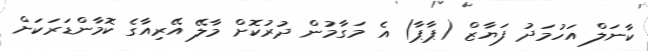
ކާނަލް އަހުމަދު ފަޔާޒް (ޕާޕާ) އެ މަގާމުން ދުރުކޮށް މާލޭ އޭރިއާގެ ކޮމާންޑަރަކަށް